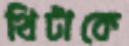
থিটাকে